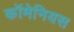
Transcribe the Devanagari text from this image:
कॉमेनियस